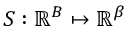
S : \mathbb { R } ^ { B } \mapsto \mathbb { R } ^ { \beta }